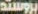
بروستد